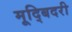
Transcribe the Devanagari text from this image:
मूद्बिदरी